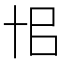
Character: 𠦗